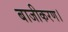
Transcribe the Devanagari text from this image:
बाजीकरण।